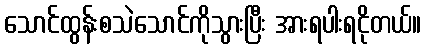
သောင်ထွန်းစသဲသောင်ကိုသွားပြီး အားရပါးရငိုတယ်။